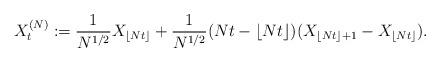
LaTeX: \begin{align*}X^{(N)}_t:=\frac{1}{N^{1/2}} X_{\lfloor Nt \rfloor }+ \frac{1}{N^{1/2}} (Nt -\lfloor Nt \rfloor) (X_{\lfloor Nt \rfloor+1} - X_{\lfloor Nt \rfloor}). \end{align*}